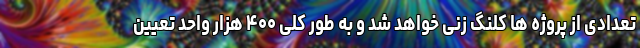
تعدادی از پروژه ها کلنگ زنی خواهد شد و به طور کلی ۴۰۰ هزار واحد تعیین